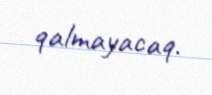
qalmayacaq.